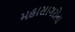
મહાસાગરોના